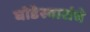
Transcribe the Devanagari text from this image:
घोडेस्वारांचे